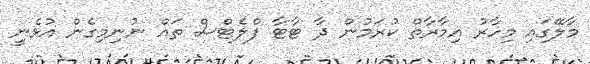
މާލޭގައި މިހާރު އިމާރާތް ކުރަމުން ދާ ޓާޓާ ފްލެޓްސް ތައް ނުނިމިގެން އުޅެނީ